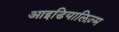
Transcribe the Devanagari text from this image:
आइडियालिज़्म